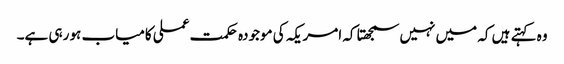
وہ کہتے ہیں کہ میں نہیں سمجھتا کہ امریکہ کی موجودہ حکمت عملی کامیاب ہو رہی ہے۔